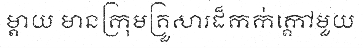
ម្តាយ មានក្រុមគ្រួសារដ៏កក់ក្តៅមួយ